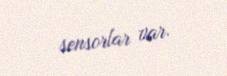
sensorlar var.